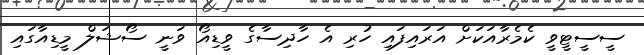
ސީސީޓީވީ ކެމެރާއަކަށް އަރައިފައި ހުރި އެ ހާދިސާގެ ވީޑިއޯ ވަނީ ސޯޝަލް މީޑިއާގައި